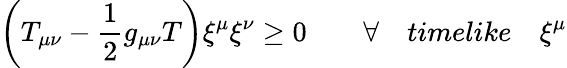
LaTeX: \left(T_{\mu\nu}-\frac{1}{2}g_{\mu\nu}T\right){\xi}^{\mu}{\xi}^{\nu}\ge 0\qquad\forall\quad timelike\quad{\xi}^{\mu}